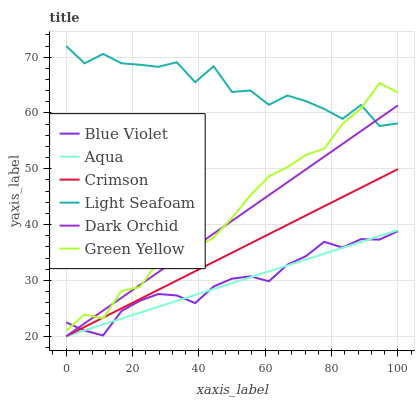
| xaxis_label | Blue Violet | Aqua | Crimson | Light Seafoam | Dark Orchid | Green Yellow |
 | --- | --- | --- | --- | --- | --- | --- |
 | 0 | 22.5 | 20 | 20 | 72 | 20 | 21 |
 | 5.56 | 21 | 21.1 | 21.7 | 68.9 | 22.3 | 23.9 |
 | 11.1 | 20.1 | 22.1 | 23.3 | 70.6 | 24.6 | 23.2 |
 | 16.7 | 24.5 | 23.2 | 25 | 68.9 | 26.9 | 28.1 |
 | 22.2 | 26.4 | 24.2 | 26.7 | 68.6 | 29.2 | 28.8 |
 | 27.8 | 27.6 | 25.3 | 28.3 | 68.3 | 31.5 | 33.3 |
 | 33.3 | 27.3 | 26.3 | 30 | 69.1 | 33.8 | 33.9 |
 | 38.9 | 25.9 | 27.4 | 31.6 | 65.5 | 36.1 | 35.8 |
 | 44.4 | 28.9 | 28.5 | 33.3 | 68.4 | 38.4 | 37.7 |
 | 50 | 30.3 | 29.5 | 35 | 63.8 | 40.7 | 41.2 |
 | 55.6 | 30.7 | 30.6 | 36.6 | 64 | 43 | 45.3 |
 | 61.1 | 29.9 | 31.6 | 38.3 | 61.5 | 45.3 | 48.6 |
 | 66.7 | 32.8 | 32.7 | 40 | 63.1 | 47.6 | 50.3 |
 | 72.2 | 34.3 | 33.7 | 41.6 | 62.1 | 49.9 | 52.5 |
 | 77.8 | 36.9 | 34.8 | 43.3 | 60.7 | 52.2 | 53.6 |
 | 83.3 | 35.9 | 35.8 | 45 | 59 | 54.5 | 58.1 |
 | 88.9 | 37.4 | 36.9 | 46.6 | 61.5 | 56.8 | 60.8 |
 | 94.4 | 37.3 | 38 | 48.3 | 57.7 | 59.1 | 65.3 |
 | 100 | 38.8 | 39 | 49.9 | 58.1 | 61.4 | 63.7 |